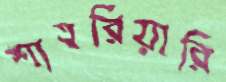
শাহরিয়ারি